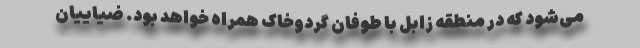
می‌شود که در منطقه زابل با طوفان گردوخاک همراه خواهد بود. ضیاییان